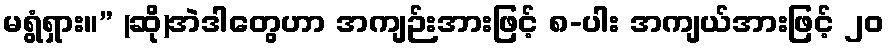
မရွံရှား။” (ဆို)အဲဒါတွေဟာ အကျဉ်းအားဖြင့် ၈-ပါး အကျယ်အားဖြင့် ၂၀